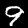
Label: 9